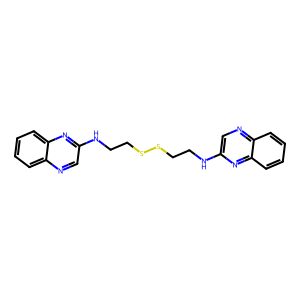
SMILES: c1ccc2nc(NCCSSCCNc3cnc4ccccc4n3)cnc2c1
Inhibits HIV replication: No